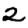
Digit: 2